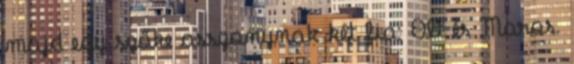
majd egy szőke asszonynak két fia: Olt és Maros.